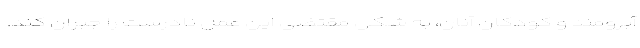
آبرومند و کودکان آنان، به شکل مقتضی این عمل نادرست را جبران کند.